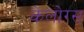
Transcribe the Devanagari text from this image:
केलोग्स